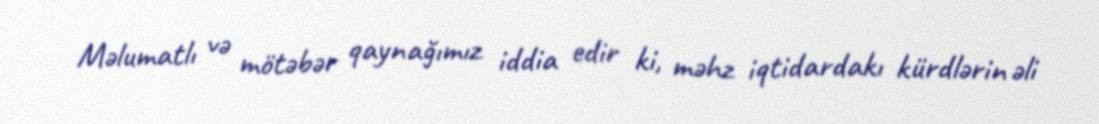
Məlumatlı və mötəbər qaynağımız iddia edir ki, məhz iqtidardakı kürdlərin əli